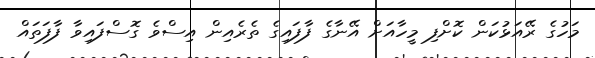
މަހުގެ ރޭއަޅުކަން ކޮށްފި މީހާއަށް އޭނާގެ ފާފައިގެ ތެރެއިން އިސްވެ ގޮސްފައިވާ ފާފަތައް